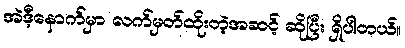
အဲဒီ့နောက်မှာ လက်မှတ်ထိုးတဲ့အဆင့် ဆိုပြီး ရှိပါတယ်။